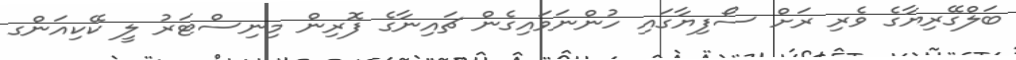
ބަލްގޭރިޔާގެ ވެރި ރަށް ސޯފިޔާގައި ހުންނަވައިގެން ޗައިނާގެ ފޮރިން މިނިސްޓަރު ލީ ކޭކިއަންގ